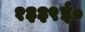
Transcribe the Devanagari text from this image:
१३३९ई०